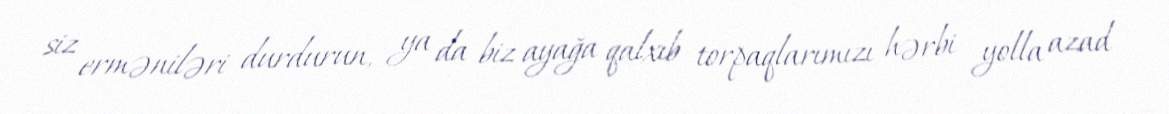
siz erməniləri durdurun, ya da biz ayağa qalxıb torpaqlarımızı hərbi yolla azad